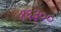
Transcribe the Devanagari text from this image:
१६३००